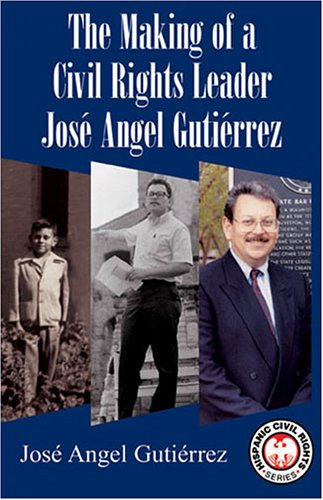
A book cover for The Making Of A Civil Rights Leader (Hispanic Civil Rights); Jose Angel Gutierrez; Teen & Young Adult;